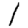
Digit: 1